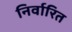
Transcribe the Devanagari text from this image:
निर्वारित